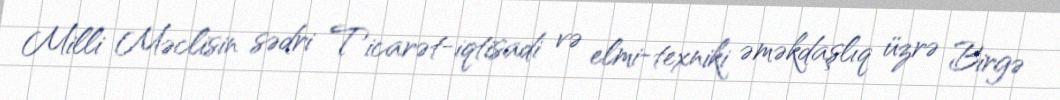
Milli Məclisin sədri Ticarət-iqtisadi və elmi-texniki əməkdaşlıq üzrə Birgə